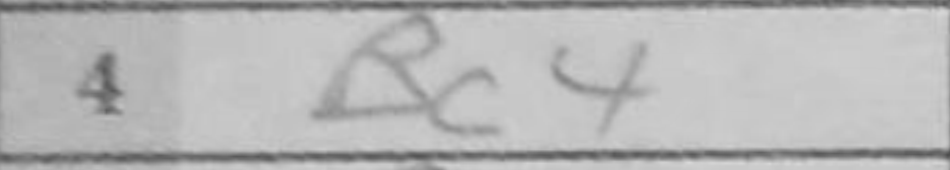
Transcription: Bc4